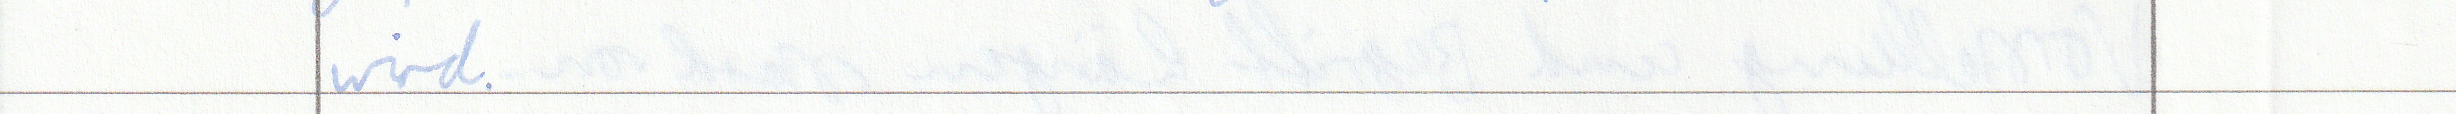
wird.